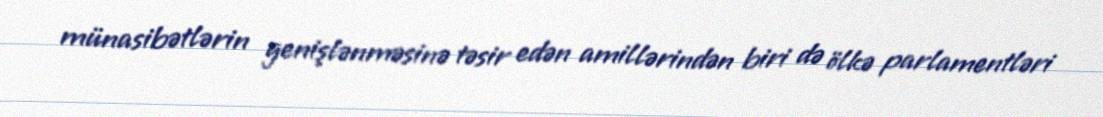
münasibətlərin genişlənməsinə təsir edən amillərindən biri də ölkə parlamentləri